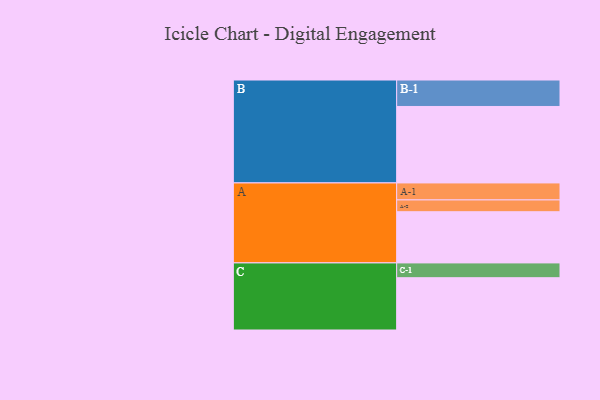
{"axis": {"x": "Segment", "y": "Value"}, "legend": ["", "A", "B", "C"], "data": [{"x": "A", "y": 377, "type": ""}, {"x": "B", "y": 563, "type": ""}, {"x": "C", "y": 385, "type": ""}, {"x": "A-1", "y": 125, "type": "A"}, {"x": "A-2", "y": 87, "type": "A"}, {"x": "B-1", "y": 195, "type": "B"}, {"x": "C-1", "y": 109, "type": "C"}]}